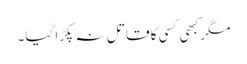
مگر کبھی کسی کا قاتل نہ پکڑا گیا۔